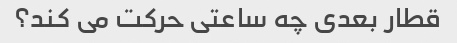
قطار بعدی چه ساعتی حرکت می کند؟